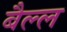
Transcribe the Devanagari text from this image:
बैल्ल